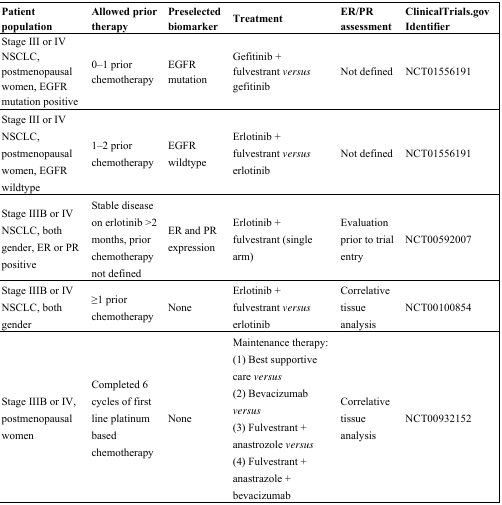
| Patient population | Allowed prior therapy | Preselected biomarker | Treatment | ER/PR assessment | ClinicalTrials.gov Identifier |
 | --- | --- | --- | --- | --- | --- |
 | Stage III or IV NSCLC, postmenopausal women, EGFR mutation positive | 0–1 prior chemotherapy | EGFR mutation | Gefitinib + fulvestrant versus gefitinib | Not defined | NCT01556191 |
 | Stage III or IV NSCLC, postmenopausal women, EGFR wildtype | 1–2 prior chemotherapy | EGFR wildtype | Erlotinib + fulvestrant versus erlotinib | Not defined | NCT01556191 |
 | Stage IIIB or IV NSCLC, both gender, ER or PR positive | Stable disease on erlotinib >2 months, prior chemotherapy not defined | ER and PR expression | Erlotinib + fulvestrant (single arm) | Evaluation prior to trial entry | NCT00592007 |
 | Stage IIIB or IV NSCLC, both gender | ≥1 prior chemotherapy | None | Erlotinib + fulvestrant versus erlotinib | Correlative tissue analysis | NCT00100854 |
 | Stage IIIB or IV, postmenopausal women | Completed 6 cycles of first line platinum based chemotherapy | None | Maintenance therapy: (1) Best supportive care versus ; (2) Bevacizumab versus ; (3) Fulvestrant + anastrozole versus; (4) Fulvestrant + anastrazole + bevacizumab | Correlative tissue analysis | NCT00932152 |